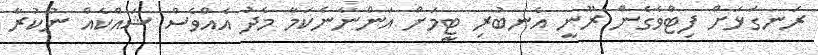
ރަނގަޅަށް ފިޓްވެގެން ރޫނީ އެނބުރި ޓީމަށް އަންނާނެކަމާ މެދު އެއްވެސް ޝައްކެއް ނުކުރާ